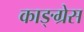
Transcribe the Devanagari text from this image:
काङ्ग्रेस